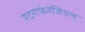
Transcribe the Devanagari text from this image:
रेटरोफेरेंजियल